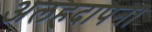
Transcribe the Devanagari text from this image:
अलहदापन।